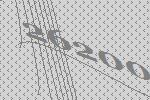
26200